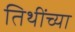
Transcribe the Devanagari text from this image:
तिथींच्या